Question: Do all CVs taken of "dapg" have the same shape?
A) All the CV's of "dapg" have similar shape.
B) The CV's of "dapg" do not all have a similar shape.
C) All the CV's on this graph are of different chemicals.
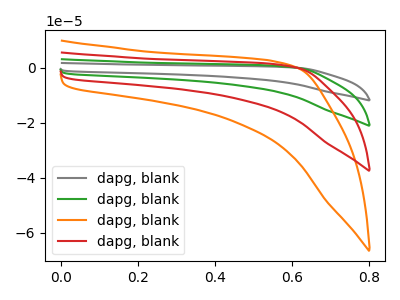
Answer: <think>The gray curve "dapg, blank1" has no peaks. The green curve "dapg, blank2" has no peaks. The orange curve "dapg, blank3" has no peaks. The red curve "dapg, blank4" has no peaks.
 Neither "dapg, blank1" or "dapg, blank2" have any peaks. Neither "dapg, blank1" or "dapg, blank3" have any peaks. Neither "dapg, blank1" or "dapg, blank4" have any peaks. Neither "dapg, blank2" or "dapg, blank3" have any peaks. Neither "dapg, blank2" or "dapg, blank4" have any peaks. Neither "dapg, blank3" or "dapg, blank4" have any peaks.</think>
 <answer>A) All the CV's of "dapg" have similar shape.</answer>
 <eval>A</eval>